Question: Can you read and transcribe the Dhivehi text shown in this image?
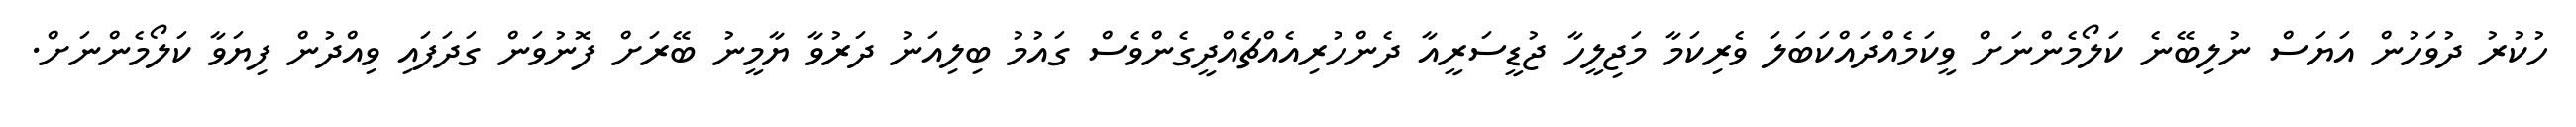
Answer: ހުކުރު ދުވަހުން އަޔަސް ނުލިބޭނެ ކަލޯމެންނަށް ވީކަމެއްދައްކަބަލަ ވެރިކަމާ މަޖިލީހާ ޖުޑީސަރީއާ ދެންހުރިއެއްޗެއްދީގެންވެސް ގައުމު ބިލިއަނު ދަރުވާ ޔާމީނު ބޭރަށް ފޮނުވަން ގަދަފައި ވިއްދުން ފިޔަވާ ކަލޯމެންނަށް.